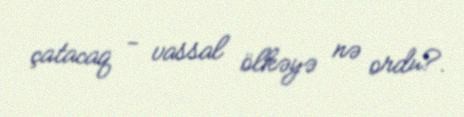
çatacaq - vassal ölkəyə nə ordu?.